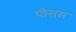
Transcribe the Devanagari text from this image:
पीसस